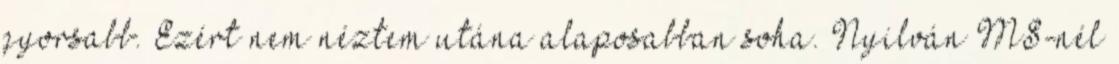
gyorsabb. Ezért nem néztem utána alaposabban soha. Nyilván MS-nél